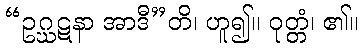
“ဥဂ္ဃဋနာ အာဒီ”တိ၊ ဟူ၍။ ဝုတ္တံ၊ ၏။